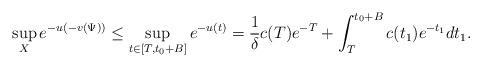
LaTeX: \begin{align*}\sup\limits_{X}e^{-u(-v(\Psi))} \le\sup\limits_{t\in[T,t_0+B]}e^{-u(t)}=\frac{1}{\delta}c(T)e^{-T}+\int^{t_0+B}_T c(t_1)e^{-t_1}dt_1.\end{align*}